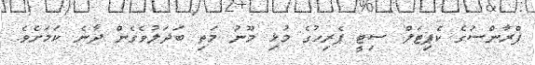
ފްރާންސުގެ ކެޕިޓަލް ސިޓީ ޕެރިހުގެ މުޅި މޫނު މަތި ބަދަލުވެގެން ދާނެ ކަމަށެވެ.